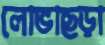
লোভাছড়া